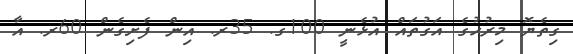
ގިތެޔޮ މިރުހުގެ އަގުތައް އުޅެނީ 100ގ. 35ރ. އިން ފެށިގެން 60ރ. އާ